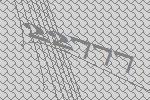
22777